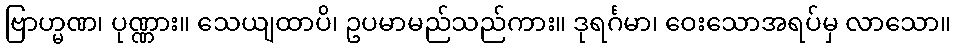
ဗြာဟ္မဏ၊ ပုဏ္ဏား။ သေယျထာပိ၊ ဥပမာမည်သည်ကား။ ဒုရင်္ဂမာ၊ ဝေးသောအရပ်မှ လာသော။